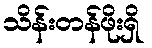
သိန်းတန်ဖိုးရှိ